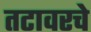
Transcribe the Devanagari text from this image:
तटावरचे